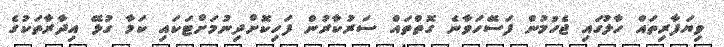
ވިޔަފާރިތައް ހާލުގައި ޖެހުމުން ފަސޭހަވާނެ ގޮތްތައް ސަރުކާރުން ފަހިކޮށްދިނުމަށްޓަކައި ކަމާ ގުޅޭ އިދާރާތަކުގެ